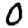
Digit: 0